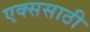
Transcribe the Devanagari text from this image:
एक्ससाठी